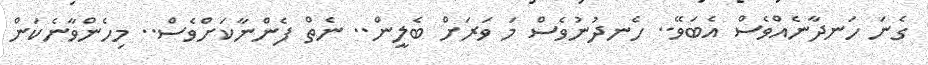
ގެނަ ހަނދާނެއްވެސް އެބަވޭ.. ހެނދުނުވެސް މަ ވަރަށް ބެލީން.. ނެތް ފެންނާކަށްވެސް.. މިހެންވާނެކަން